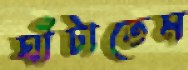
ঘাঁটাতেম